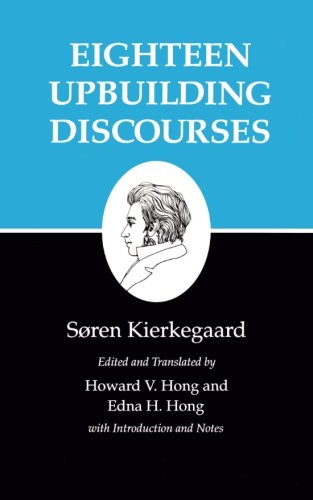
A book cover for Eighteen Upbuilding Discourses : Kierkegaard's Writings, Vol. 5; SÃ¸ren Kierkegaard; Politics & Social Sciences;